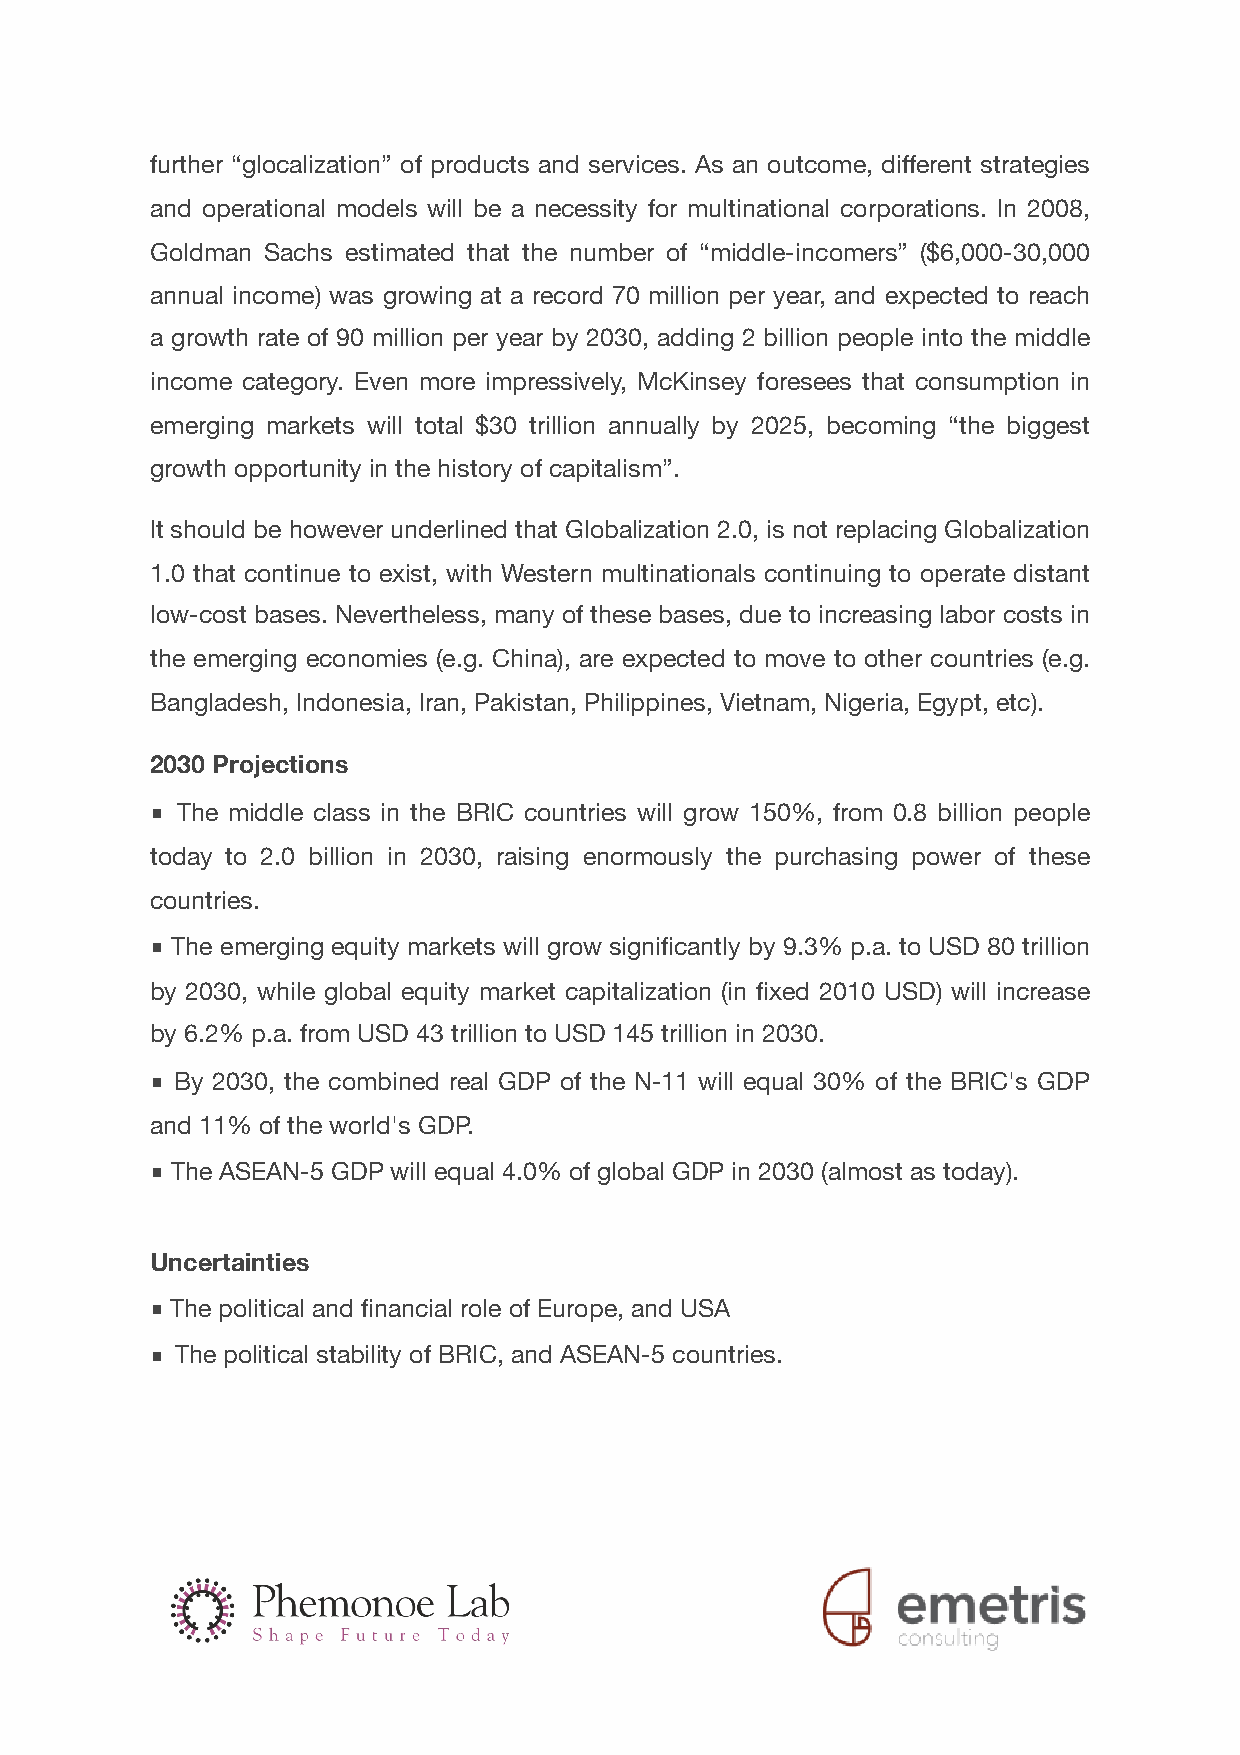
further “glocalization” of products and services. As an outcome, different strategies
 and operational models will be a necessity for multinational corporations. In 2008,
 Goldman Sachs estimated that the number of “middle-incomers” ($6,000-30,000
 annual income) was growing at a record 70 million per year, and expected to reach
 a growth rate of 90 million per year by 2030, adding 2 billion people into the middle
 income category. Even more impressively, McKinsey foresees that consumption in
 emerging markets will total $30 trillion annually by 2025, becoming “the biggest
 growth opportunity in the history of capitalism”.
 It should be however underlined that Globalization 2.0, is not replacing Globalization
 1.0 that continue to exist, with Western multinationals continuing to operate distant
 low-cost bases. Nevertheless, many of these bases, due to increasing labor costs in
 the emerging economies (e.g. China), are expected to move to other countries (e.g.
 Bangladesh, Indonesia, Iran, Pakistan, Philippines, Vietnam, Nigeria, Egypt, etc).
 2030 Projections
 ■ The middle class in the BRIC countries will grow 150%, from 0.8 billion people
 today to 2.0 billion in 2030, raising enormously the purchasing power of these
 countries.
 ■ The emerging equity markets will grow significantly by 9.3% p.a. to USD 80 trillion
 by 2030, while global equity market capitalization (in fixed 2010 USD) will increase
 by 6.2% p.a. from USD 43 trillion to USD 145 trillion in 2030.
 ■ By 2030, the combined real GDP of the N-11 will equal 30% of the BRIC's GDP
 and 11% of the world's GDP.
 ■ The ASEAN-5 GDP will equal 4.0% of global GDP in 2030 (almost as today).
 Uncertainties
 ■ The political and financial role of Europe, and USA
 ■ The political stability of BRIC, and ASEAN-5 countries.